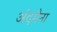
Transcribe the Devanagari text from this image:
अंदमैना